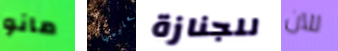
مانو تعليمها للجنازة للآن